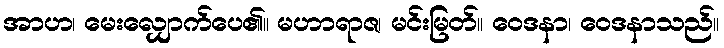
အာဟ၊ မေးလျှောက်ပေ၏။ မဟာရာဇ၊ မင်းမြတ်။ ဝေဒနာ၊ ဝေဒနာသည်။